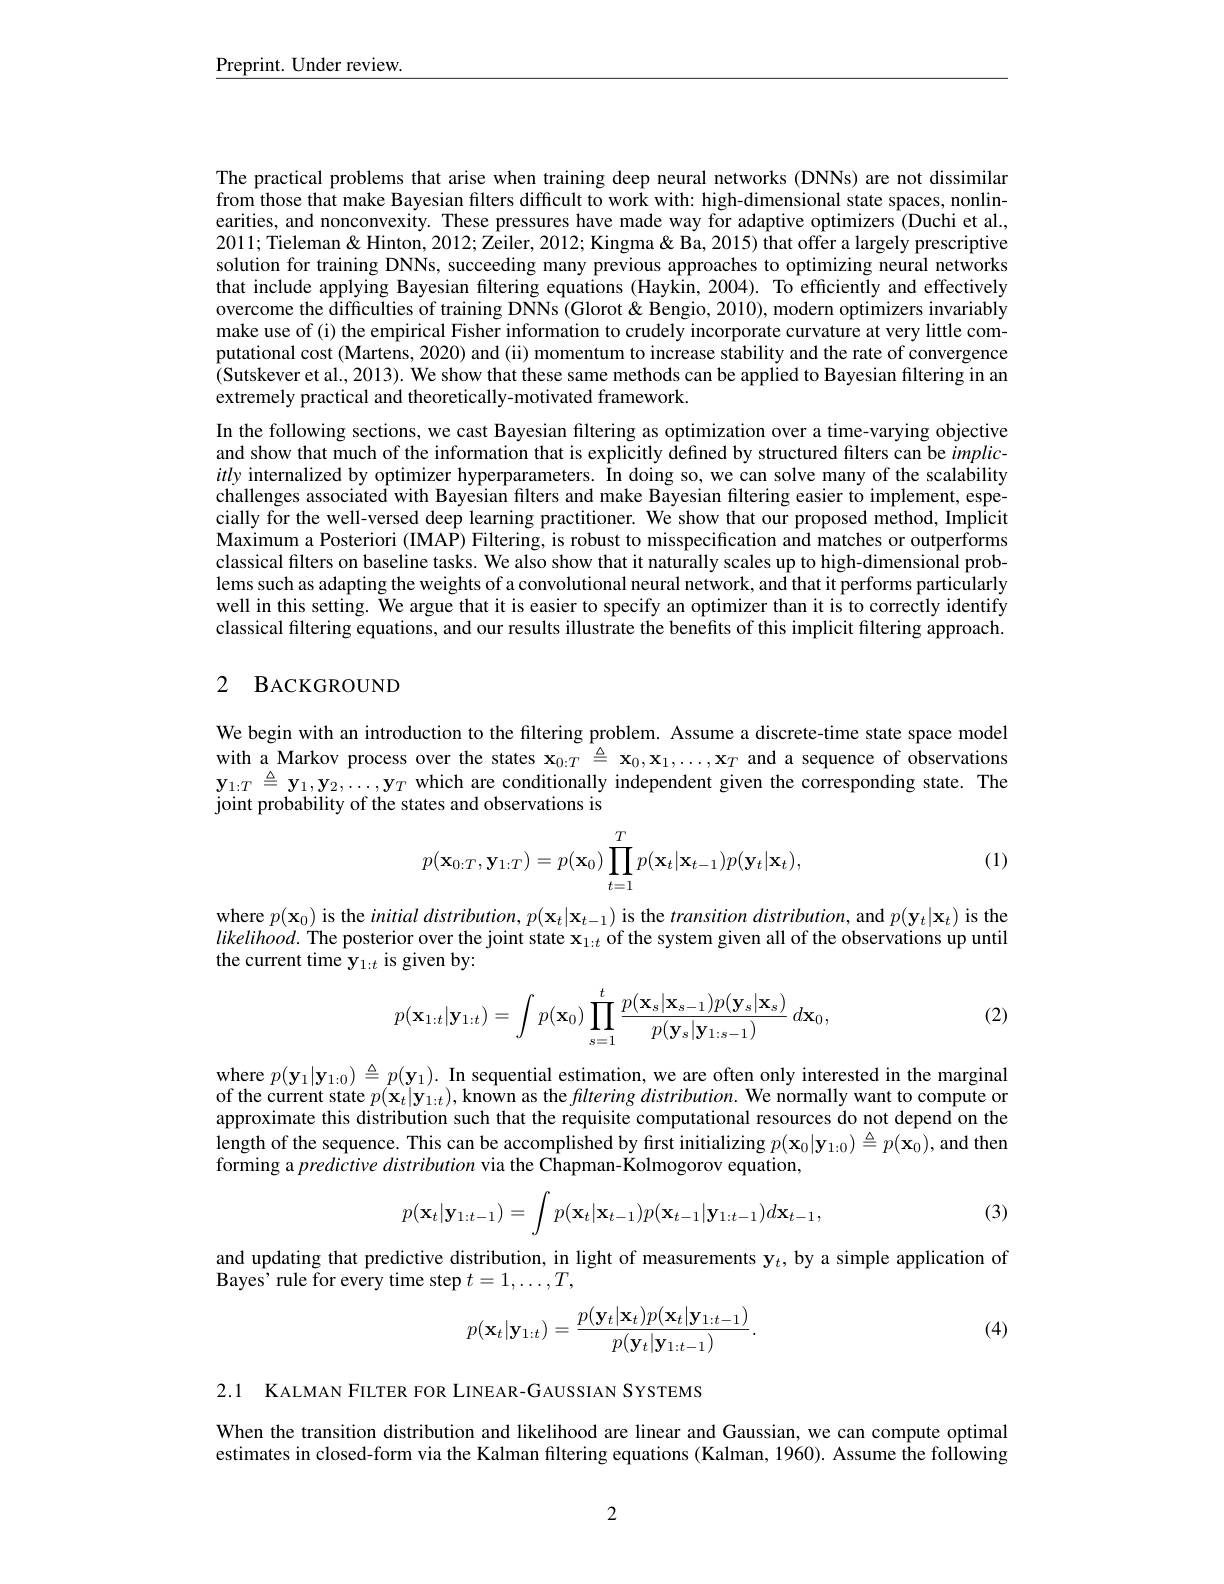
$\underline{{\mathrm{Preprint.~Under~review.}}}$

The practical problems that arise when training deep neural networks (DNNs) are not dissimilar from those that make Bayesian filters difficult to work with: high-dimensional state spaces, nonlinearities, and nonconvexity. These pressures have made way for adaptive optimizers (Duchi et al. 2011; Tieleman& Hinton, 2012; Zeiler, 2012; Kingma & Ba, 2015) that offer a largely prescriptive solution for training DNNs, succeeding many previous approaches to optimizing neural networks that include applying Bayesian filtering equations (Haykin, 2004). To efficientIy and effectively overcome the difficulties of training DNNs (Glorot & Bengio, 2010), modern optimizers invariably make use of (i) the empirical Fisher information to crudely incorporate curvature at very little computational cost (Martens, 2020) and (ii) momentum to increase stability and the rate of convergence (Sutskever et al., 2013). We show that these same methods can be applied to Bayesian filtering in an extremely practical and theoretically-motivated framework.
In the following sections, we cast Bayesian filtering as optimization over a time-varying objective and show that much of the information that is explicitly defined by structured filters can be $implic-implic$ itly internalized by optimizer hyperparameters. In doing so, we can solve many of the scalability challenges associated with Bayesian filters and make Bayesian filtering easier to implement, especially for the well-versed deep learning practitioner. We show that our proposed method, Implicit Maximum a Posteriori (IMAP) Filtering, is robust to misspecification and matches or outperforms classical filters on baseline tasks. We also show that it naturally scales up to high-dimensional problems such as adapting the weights of a convolutional neural network, and that it performs particularly well in this setting. We argue that it is easier to specify an optimizer than it is to correctly identify classical filtering equations, and our results illustrate the benefits of this implicit filtering approach.

## 2 BACKGROUND

We begin with an introduction to the filtering problem. Assume a discrete-time state space model with a Markov process over the states $\mathbf{x}_0:T\overset{\triangle}{\operatorname*{=}}\mathbf{x}_0,\mathbf{x}_1,\ldots,\mathbf{x}_T$ and a sequence of observations $\mathbf{y}_{1:T}\triangleq\mathbf{y}_1,\mathbf{y}_2,\ldots,\mathbf{y}_T$ which are conditionally independent given the corresponding state. The joint probability of the states and observations is

(1)
$$p(\mathbf{x}_{0:T},\mathbf{y}_{1:T})=p(\mathbf{x}_0)\prod_{t=1}^Tp(\mathbf{x}_t|\mathbf{x}_{t-1})p(\mathbf{y}_t|\mathbf{x}_t),$$
where $p(\mathbf{x}_0)$ is the initial distribution, $p(\mathbf{x}_t|\mathbf{x}_{t-1})$ is the transition distribution, and $p(\mathbf{y}_t|\mathbf{x}_t)$ is the $likelihood.$ The posterior over the joint state $\mathbf{x}_{1:t}$ of the system given all of the observations up until the current time y$_{1:t}$ is given by:

(2)
$$p(\mathbf{x}_{1:t}|\mathbf{y}_{1:t})=\int p(\mathbf{x}_0)\prod_{s=1}^t\frac{p(\mathbf{x}_s|\mathbf{x}_{s-1})p(\mathbf{y}_s|\mathbf{x}_s)}{p(\mathbf{y}_s|\mathbf{y}_{1:s-1})}\:d\mathbf{x}_0,$$
where $p( \mathbf{y} _1| \mathbf{y} _{1: 0}) \triangleq p( \mathbf{y} _1) .$ In sequential estimation, we are often only interested in the marginal where $p( \mathbf{y} _1| \mathbf{y} _{1: 0}) \triangleq p( \mathbf{y} _1) .$ In sequential estimation, we are often only interested i the marginal of the current state $p(\mathbf{x}_t|\mathbf{y}_{1:t}),\hat{\text{known as the }fltering}distribution.$ We normally want to compute on approximate this distribution such that the requisite computational resources do not depend on the length of the sequence. This can be accomplished by first initializing $p(\mathbf{x}_0|\mathbf{y}_{1:0})\triangleq p(\mathbf{x}_0)$, and then forming a predictive distribution via the Chapman-Kolmogorov equation,
$$p(\mathbf{x}_t|\mathbf{y}_{1:t-1})=\int p(\mathbf{x}_t|\mathbf{x}_{t-1})p(\mathbf{x}_{t-1}|\mathbf{y}_{1:t-1})d\mathbf{x}_{t-1},$$
(3)

and updating that predictive distribution, in light of measurements $\mathbf{y}_t$, by a simple application of
Bayes' rule for every time step $t=1,\ldots,T$,
$$p(\mathbf{x}_t|\mathbf{y}_{1:t})=\frac{p(\mathbf{y}_t|\mathbf{x}_t)p(\mathbf{x}_t|\mathbf{y}_{1:t-1})}{p(\mathbf{y}_t|\mathbf{y}_{1:t-1})}.$$
(4)

2.1 KALMAN FILTER FOR LINEAR-GAUSSIAN SYSTEMS

When the transition distribution and likelihood are linear and Gaussian, we can compute optimal estimates in closed-form via the Kalman filtering equations (Kalman, 1960). Assume the following

2